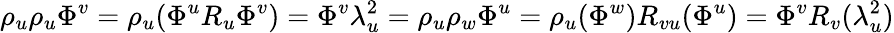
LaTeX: \rho_{u}\rho_{u}\Phi^{v}=\rho_{u}(\Phi^{u}R_{u}\Phi^{v})=\Phi^{v}\lambda_{u}^{2}=\rho_{u}\rho_{w}\Phi^{u}=\rho_{u}(\Phi^{w})R_{vu}(\Phi^{u})=\Phi^{v}R_{v}(\lambda_{u}^{2})